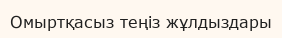
Омыртқасыз теңіз жұлдыздары